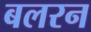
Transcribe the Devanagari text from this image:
बलरन